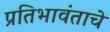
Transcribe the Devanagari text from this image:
प्रतिभावंताचे